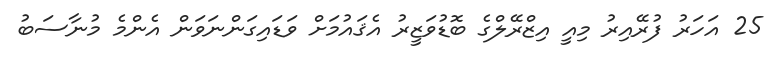
25 އަހަރު ފުރޭއިރު މިއީ އިޒްރޭލްގެ ބޮޑުވަޒީރު އެޤައުމަށް ވަޑައިގަންނަވަން އެންމެ މުނާސަބު